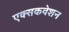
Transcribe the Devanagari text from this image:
एक्सकवेशन